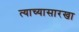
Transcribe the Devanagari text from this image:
त्याच्यासारखा